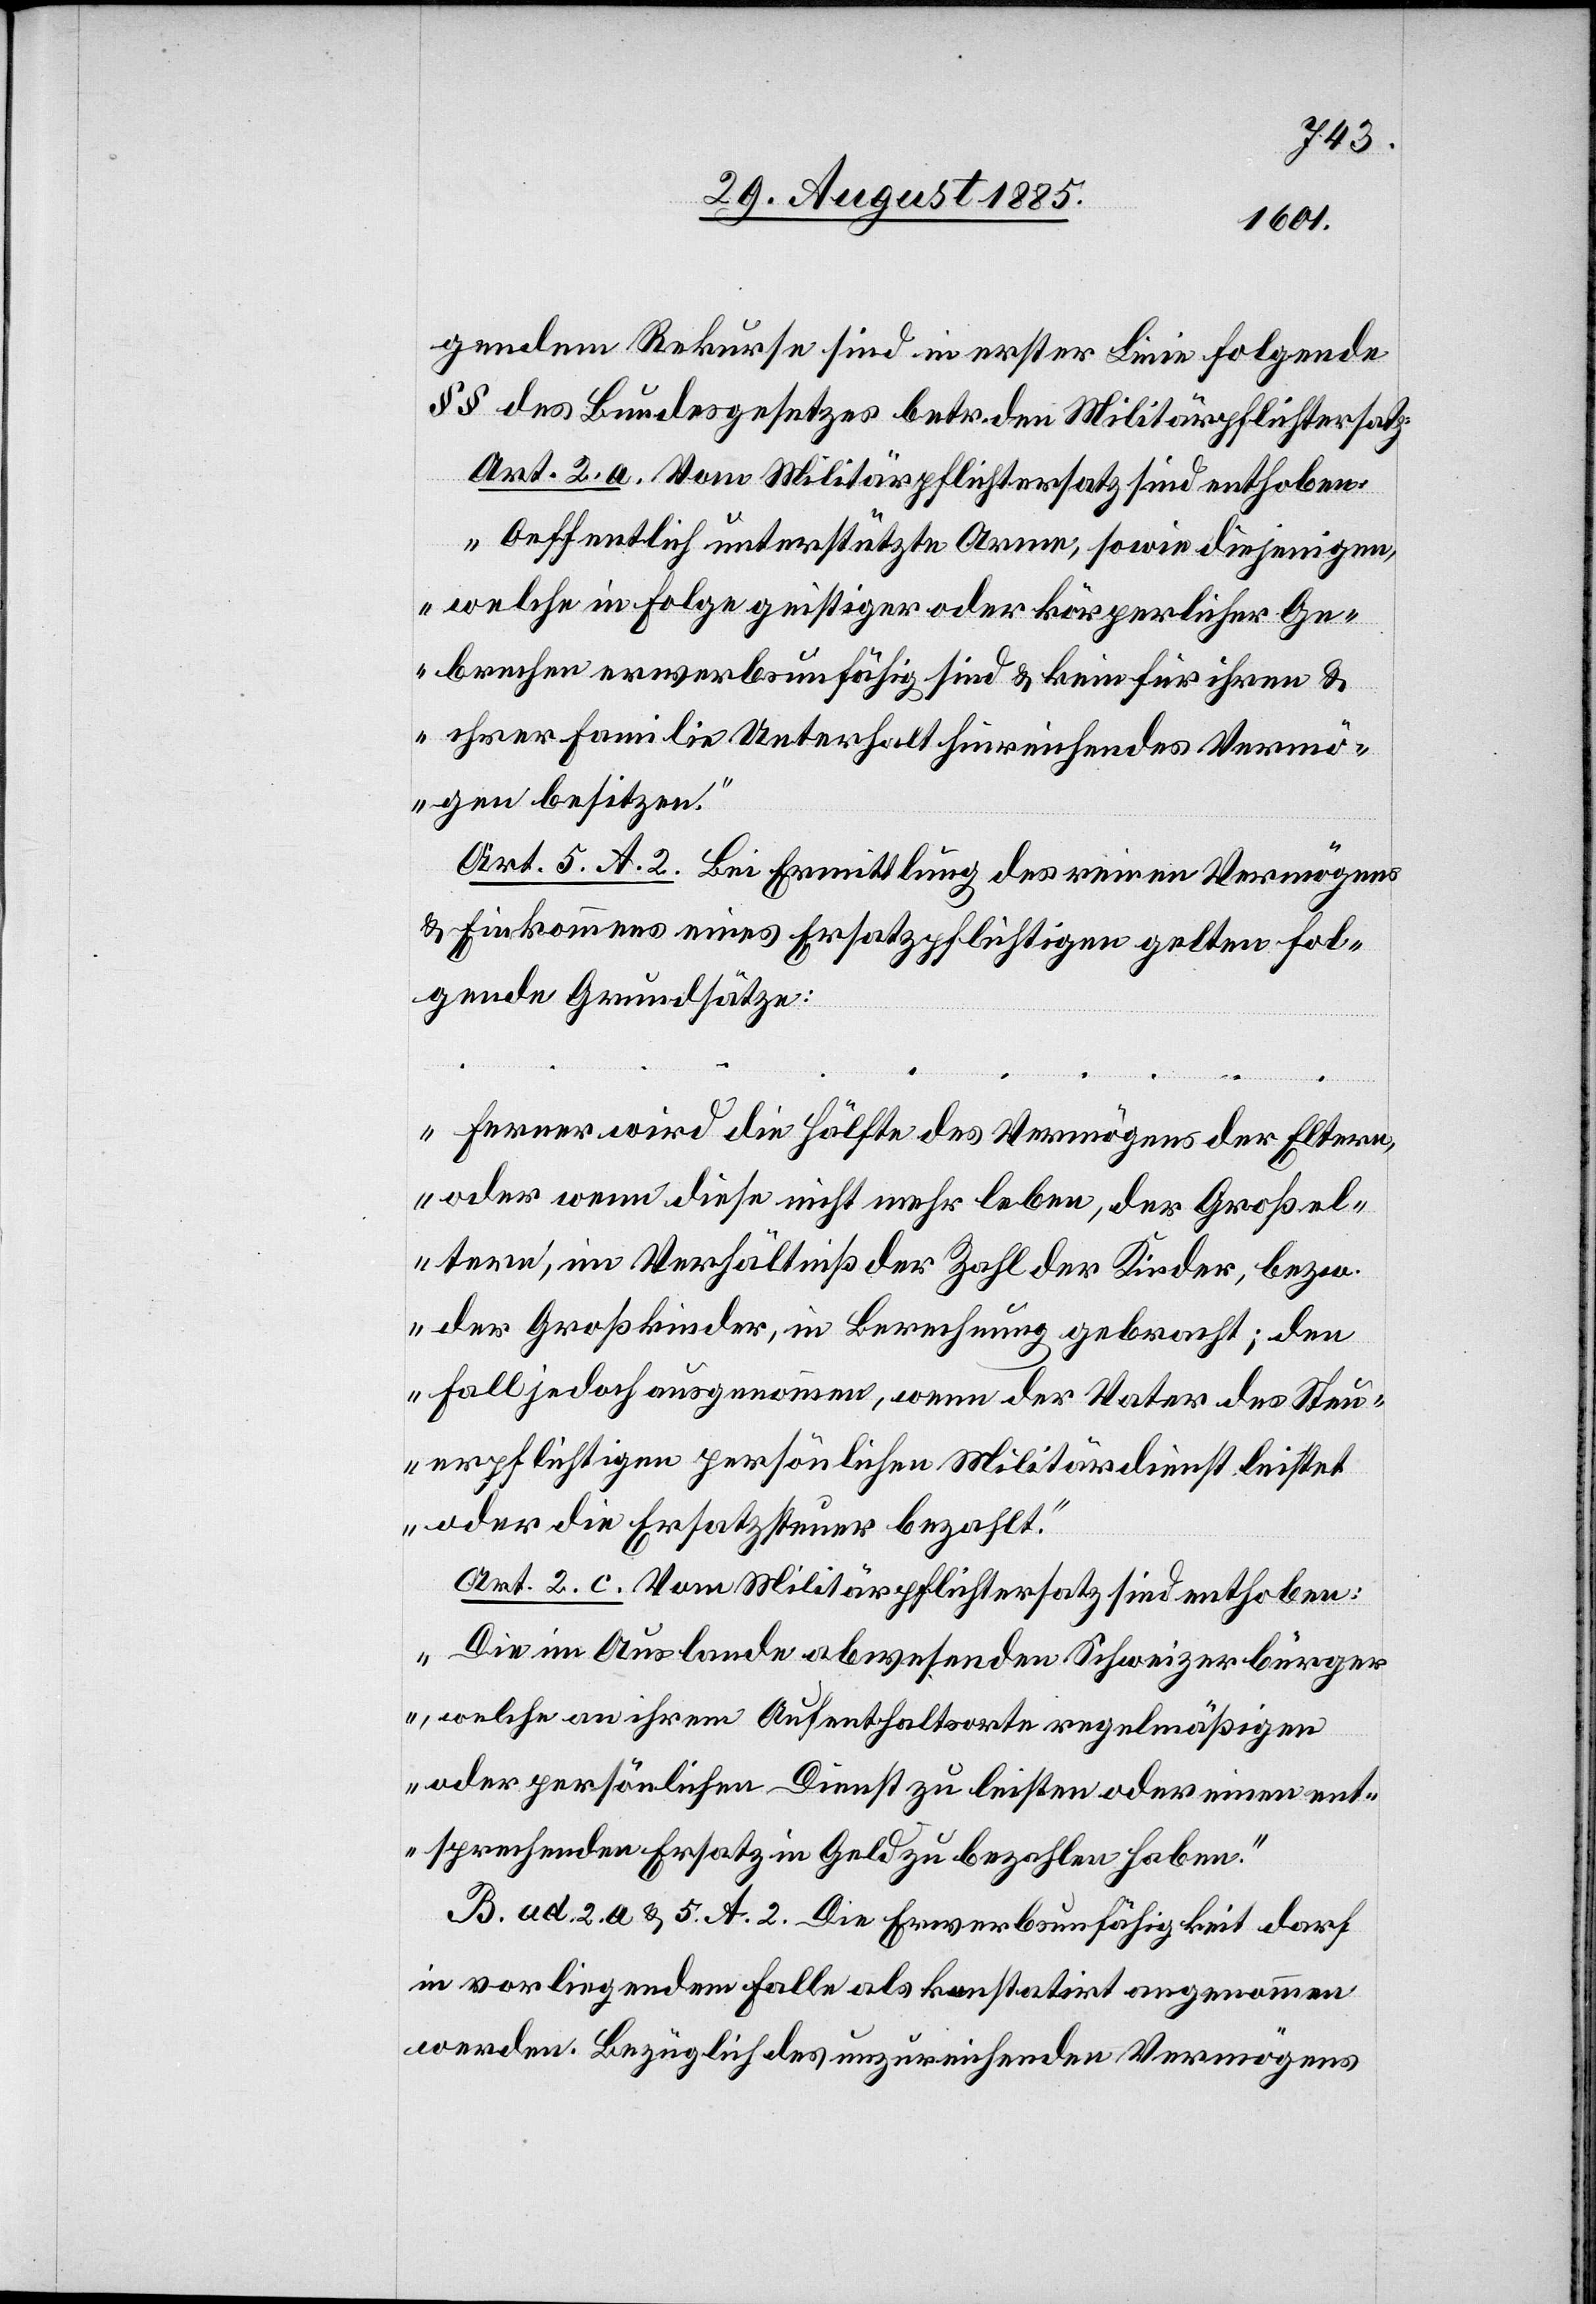
gendem Rekurse sind in erster Linie folgende
§§ des Bundesgesetzes betr. den Militärpflichtersatz:
Art. 2 a. Vom Militärpflichtersatz sind enthoben:
„Oeffentlich unterstützte Arme, sowie diejenigen,
welche in Folge geistiger oder körperlicher Ge¬
brechen erwerbsunfähig sind & kein für ihren &
ihrer Familie Unterhalt hinreichendes Vermö¬
gen besitzen.“
Art. 5. A. 2. Bei Ermittlung des reinen Vermögens
& Einkommens eines Ersatzpflichtigen gelten fol¬
gende Grundsätze:
„Ferner wird die Hälfte des Vermögens der Eltern,
oder wenn diese nicht mehr leben, der Großel¬
tern, im Verhältniß der Zahl der Kinder, bezw.
der Großkinder, in Berechnung gebracht; den
Fall jedoch ausgenommen, wenn der Vater des Steu¬
erpflichtigen persönlichen Militärdienst leistet
oder die Ersatzsteuer bezahlt.“
Art. 2. c. Vom Militärpflichtersatz sind enthoben:
„Die im Auslande abwesenden Schweizerbürger,
welche an ihrem Aufenthaltsorte regelmäßigen
oder persönlichen Dienst zu leisten oder einen ent¬
sprechenden Ersatz in Geld zu bezahlen haben.“
B. ad. 2. a. & 5. A. 2. Die Erwerbsunfähigkeit darf
in vorliegendem Falle als konstatirt angenommen
werden. Bezüglich des unzureichenden Vermögens